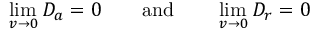
\operatorname* { l i m } _ { \, v \to 0 } D _ { a } = 0 \qquad \mathrm { a n d } \qquad \operatorname* { l i m } _ { \, v \to 0 } D _ { r } = 0